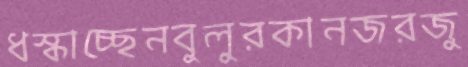
ধস্‌কাচ্ছেনবুলুরকানজরজু